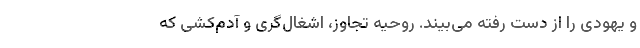
و یهودی را از دست رفته می‌بیند. روحیه تجاوز، اشغال‌گری و آدم‌کشی که